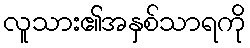
လူသား၏အနှစ်သာရကို